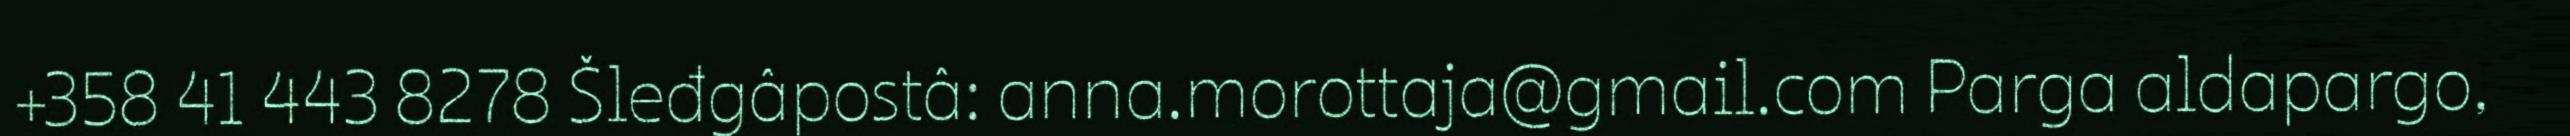
+358 41 443 8278 Šleđgâpostâ: anna.morottaja@gmail.com Parga aldapargo,